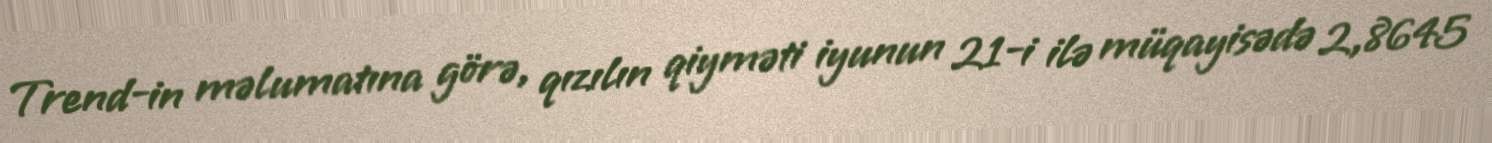
Trend-in məlumatına görə, qızılın qiyməti iyunun 21-i ilə müqayisədə 2,8645